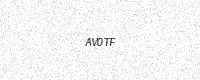
Text: AV0TF